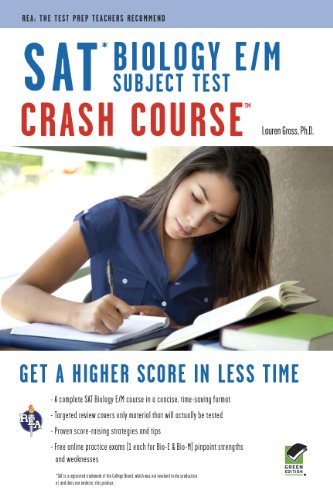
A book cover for SAT Subject TestEE¢: Biology E/M Crash Course Book + Online (SAT PSAT ACT (College Admission) Prep); Lauren Gross Ph.D.; Test Preparation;